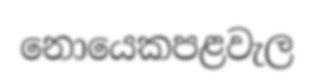
නොයෙකපළවැල